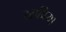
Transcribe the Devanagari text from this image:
रसप्रिया